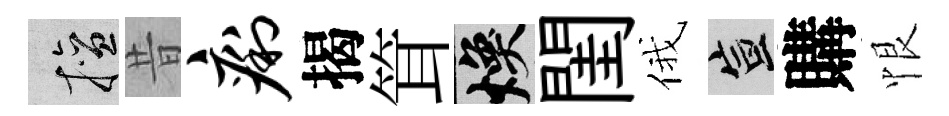
擅昔痢揭䇯焕閨俄宣購恨